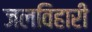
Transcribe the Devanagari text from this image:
जलविहारी